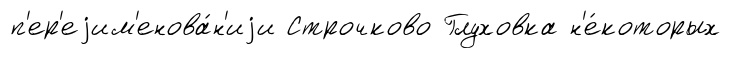
п'ер'еjим'енова́н'иjи Строчково Глуховка н'е́которых